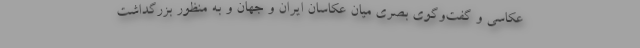
عکاسی و گفت‌وگوی بصری میان عکاسان ایران و جهان و به منظور بزرگداشت